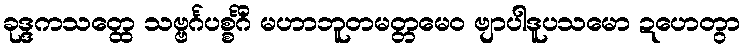
ခုဒ္ဒကသတ္ထေ သဗ္ဗင်္ဂပစ္စင်္ဂိံ မဟာဘူတမတ္တမေဝ ဗျာပါဒူပသမော ဍဟေတွာ